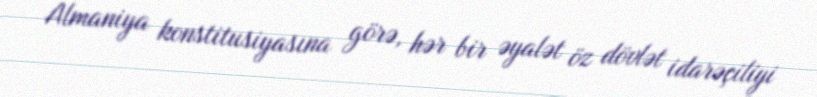
Almaniya konstitusiyasına görə, hər bir əyalət öz dövlət idarəçiliyi